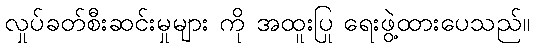
လှုပ်ခတ်စီးဆင်းမှုများ ကို အထူးပြု ရေးဖွဲ့ထားပေသည်။